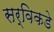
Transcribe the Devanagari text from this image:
सर्विकडे